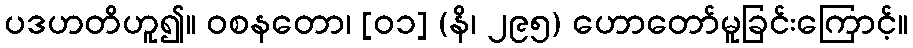
ပဒဟတိဟူ၍။ ဝစနတော၊ [၀၁] (နိ၊ ၂၉၅) ဟောတော်မူခြင်းကြောင့်။